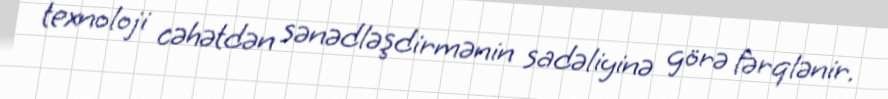
texnoloji cəhətdən sənədləşdirmənin sadəliyinə görə fərqlənir.